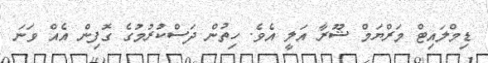
ޑިމްލައިޓް މަރްޔަމް ޝޫރާ އަލީ އެވެ. ހިތުން ދަސްކުރުމުގެ ގޮފިން އެއް ވަނަ